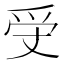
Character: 𤓾